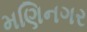
મણિનગર